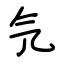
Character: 氕